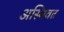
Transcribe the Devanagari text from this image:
अस्थिवत